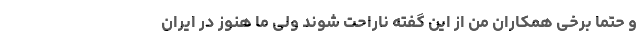
و حتما برخی همکارانِ من از این گفته ناراحت شوند ولی ما هنوز در ایران